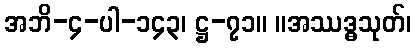
အဘိ-၄-ပါ-၁၄၃၊ ဋ္ဌ-၇၁။ ။အဿဒ္ဓသုတ်၊